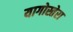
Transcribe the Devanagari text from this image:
यागोस्तेरा